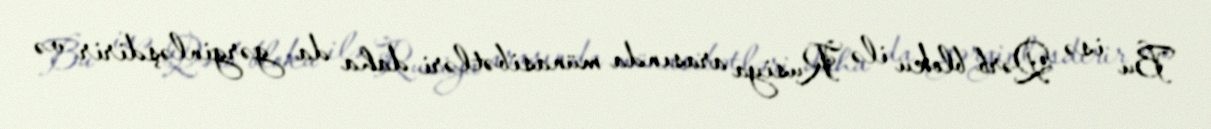
Bu isə Qərb bloku ilə Rusiya arasında münasibətləri daha da gərginləşdirir və